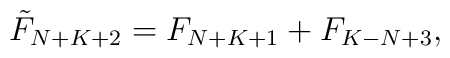
\tilde{F}_{N+K+2} = F_{N+K+1} + F_{K-N+3},